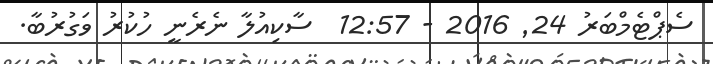
ސެޕްޓެމްބަރު 24